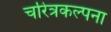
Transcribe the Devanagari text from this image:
चरित्रकल्पना